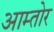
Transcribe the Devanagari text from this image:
आम्तोर